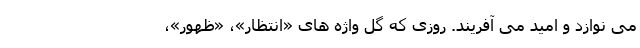
می نوازد و امید می آفریند. روزی که گل واژه های «انتظار»، «ظهور»،